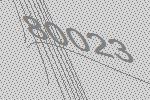
80023